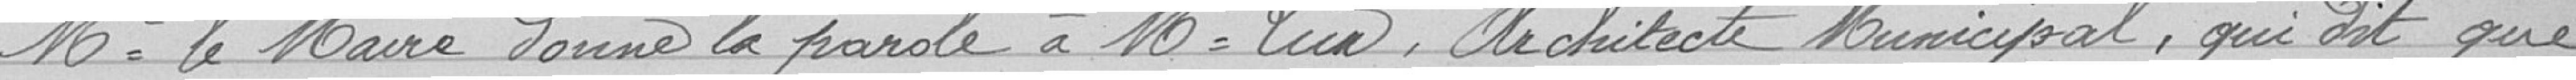
Monsieur le Maire donne la parole à Monsieur Luc, architecte municipal, qui dit que